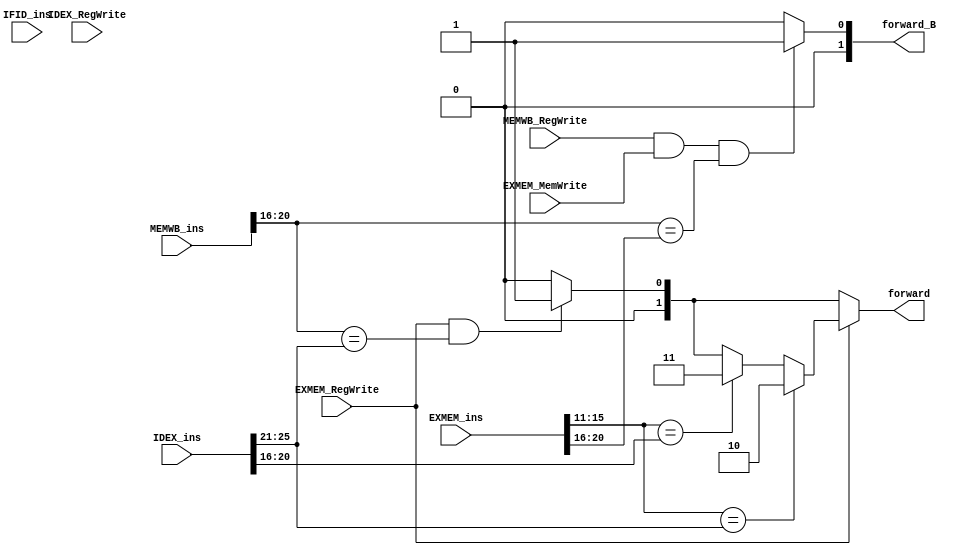
`timescale 1ns / 1ps
//////////////////////////////////////////////////////////////////////////////////
// Company: 
// Engineer: 
// 
// Design Name: 
// Module Name: Forwarding_unit
// Project Name: 
// Target Devices: 
// Tool Versions: 
// Description: 
// 
// Dependencies: 
// 
// Revision:
// Revision 0.01 - File Created
// Additional Comments:
// 
//////////////////////////////////////////////////////////////////////////////////


module Forwarding_unit(input EXMEM_RegWrite,input IDEX_RegWrite, input MEMWB_RegWrite,input EXMEM_MemWrite, input[31:0] EXMEM_ins,input[31:0]IDEX_ins,input[31:0]IFID_ins, input[31:0]MEMWB_ins, output reg[1:0] forward,output reg[1:0] forward_B);
reg[4:0] rt_1,rs_2,rd_1,rt_2,rt_3,rs_3;
always@(*)begin
    rt_1 <= MEMWB_ins[20:16];
    rd_1 <= EXMEM_ins[15:11];
    rs_2 <= IDEX_ins[25:21];
    rt_2 <= IDEX_ins[20:16];
    rt_3 <= EXMEM_ins[20:16];
//    rs_3 <= EXMEM_ins[25:16];
    if((EXMEM_RegWrite == 1)&&(rt_1 == rs_2))begin
        forward <=2'b01;
    end
    else forward <=2'b00;
    if(EXMEM_RegWrite == 1)begin
    if(rd_1 == rs_2)
        forward <= 2'b10;
    else if(rd_1 == rt_2)
       forward <= 2'b11; 
    end
    if(MEMWB_RegWrite == 1 && EXMEM_MemWrite == 1 && rt_1 == rt_3)begin
        forward_B <= 2'b01;
    end
    else forward_B <= 2'b00;
end
endmodule